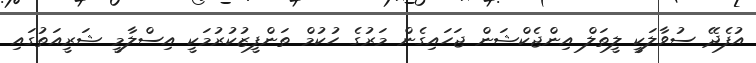
އުފެދޭ ސުވާލަކީ ލީތަލް އިންޖެކްޝަން ޖަހައިގެން މަރުގެ ހުކުމް ތަންފީޒުކުރުމަކީ އިސްލާމީ ޝަރީއަތުގައި